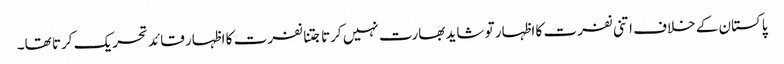
پاکستان کے خلاف اتنی نفرت کا اظہار تو شاید بھارت نہیں کرتا جتنا نفرت کا اظہار قائد تحریک کرتا تھا۔